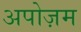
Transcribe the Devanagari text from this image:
अपोज़म